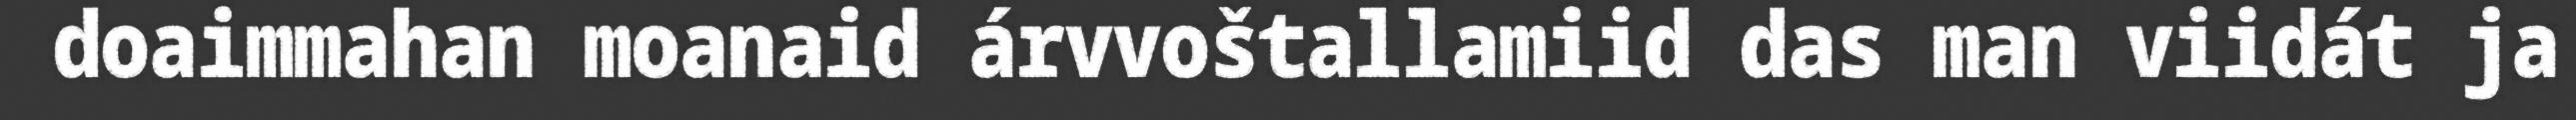
doaimmahan moanaid árvvoštallamiid das man viidát ja